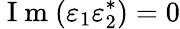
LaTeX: \mathrm{~I~m~}(\varepsilon_{1}\varepsilon_{2}^{*})=0